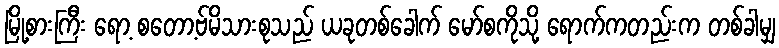
မြို့စားကြီး ရော့ စတော့ဗ်မိသားစုသည် ယခုတစ်ခေါက် မော်စကိုသို့ ရောက်ကတည်းက တစ်ခါမျှ